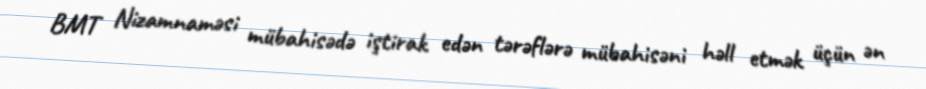
BMT Nizamnaməsi mübahisədə iştirak edən tərəflərə mübahisəni həll etmək üçün ən